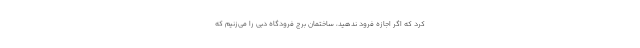
کرد که اگر اجازه فرود ندهید، ساختمان برج فرودگاه دبی را می‌زنیم ‌که